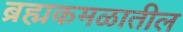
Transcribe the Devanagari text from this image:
ब्रह्मकमळातील